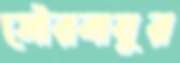
সৌরবায়ুর